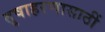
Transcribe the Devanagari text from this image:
तृषाहरणासाठीं